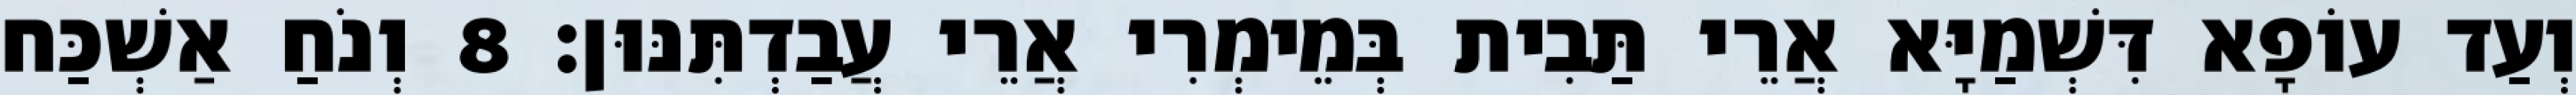
וְעַד עוֹפָא דִּשְׁמַיָּא אֲרֵי תַּבִית בְּמֵימְרִי אֲרֵי עֲבַדְתִּנּוּן׃ 8 וְנֹחַ אַשְׁכַּח